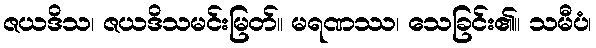
ဇယဒိသ၊ ဇယဒိသမင်းမြတ်။ မရဏဿ၊ သေခြင်း၏။ သမီပံ၊